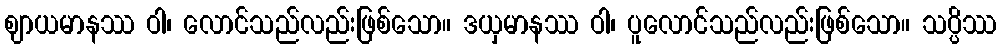
ဈာယမာနဿ ဝါ၊ လောင်သည်လည်းဖြစ်သော။ ဒယှမာနဿ ဝါ၊ ပူလောင်သည်လည်းဖြစ်သော။ သပ္ပိဿ